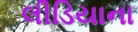
લીડિયાના